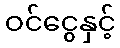
ဝင်ငွေနှင့်